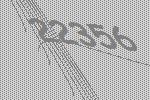
22356